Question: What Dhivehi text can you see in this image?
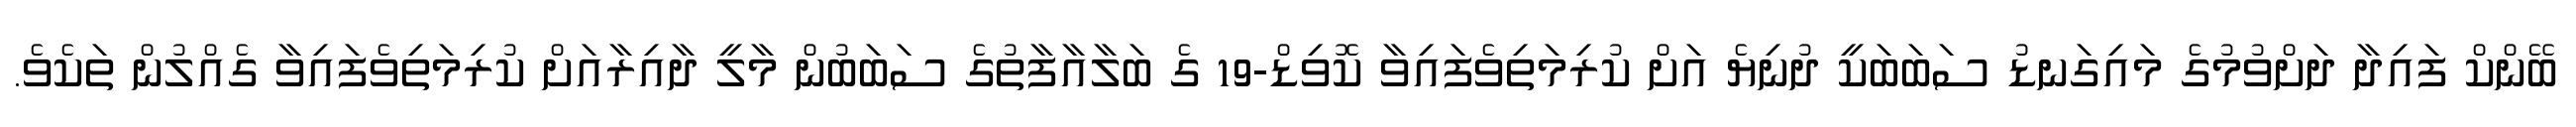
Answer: ބޭންކް ފައިދާ ދަށްވުމުގެ މައިގަނޑު ސަބަބަކީ ދުނިޔެ އަށް ކުރިމަތިވެފައިވާ ކޮވިޑް-19 ގެ ބަލާއާފާތުގެ ސަބަބުން މާލީ ދާއިރާއަށް ކުރިމަތިވެފައިވާ ގެއްލުން ތަކެވެ.